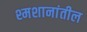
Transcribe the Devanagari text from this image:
श्मशानांतील